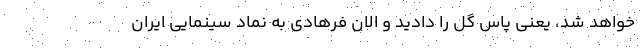
خواهد شد، یعنی پاس گل را دادید و الان فرهادی به نماد سینمایی ایران